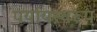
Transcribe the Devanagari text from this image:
पर्यायस्वरूप